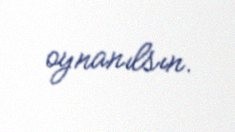
oynanılsın.